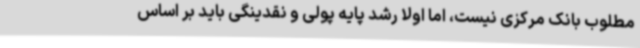
مطلوب بانک مرکزی نیست، اما اولاً رشد پایه پولی و نقدینگی باید بر اساس